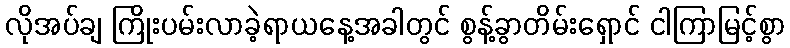
လိုအပ်ချ ကြိုးပမ်းလာခဲ့ရာယနေ့အခါတွင် စွန့်ခွာတိမ်းရှောင် ငါကြာမြင့်စွာ